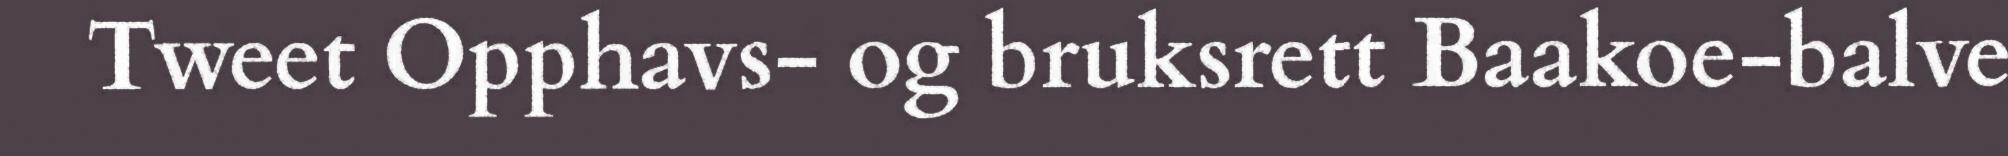
Tweet Opphavs- og bruksrett Baakoe-balve